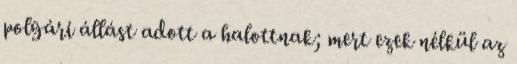
polgári állást adott a halottnak; mert ezek nélkül az